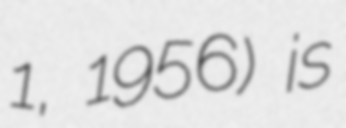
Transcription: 1, 1956) is